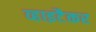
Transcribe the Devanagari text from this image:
व्हाइटैकर